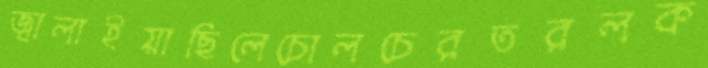
জ্বালাইয়াছিলেচোলচেরতরলক